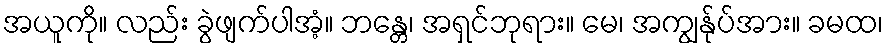
အယူကို။ လည်း ခွဲဖျက်ပါအံ့။ ဘန္တေ၊ အရှင်ဘုရား။ မေ၊ အကျွန်ုပ်အား။ ခမထ၊